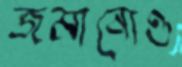
জমানোও